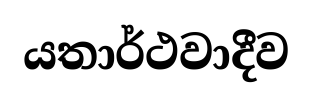
යතාර්ථවාදීව